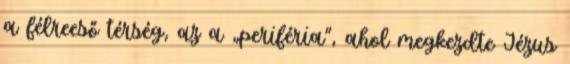
a félreeső térség, az a „periféria”, ahol megkezdte Jézus